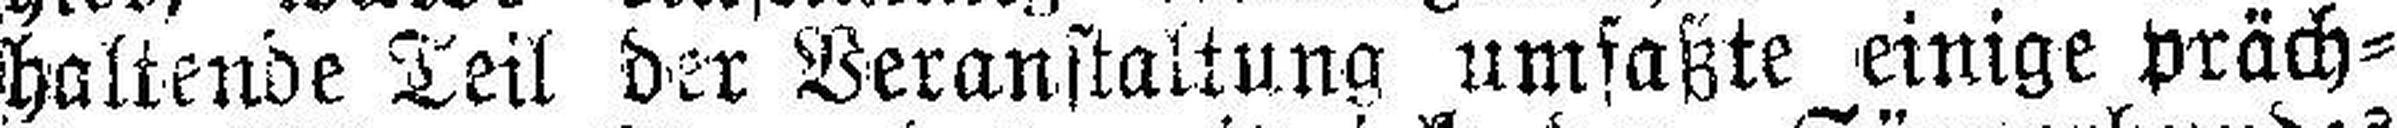
haltende Teil der Veranstaltung umfaßte einige präch¬